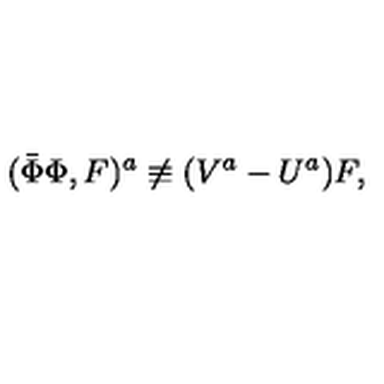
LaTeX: ( \bar { \Phi } \Phi , F ) ^ { a } \not \equiv ( V ^ { a } - U ^ { a } ) F ,